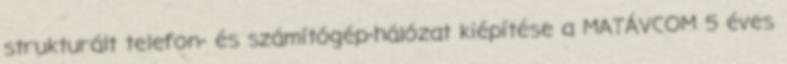
strukturált telefon- és számítógép-hálózat kiépítése a MATÁVCOM 5 éves